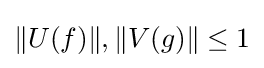
\|U(f)\|,\|V(g)\|\leq 1